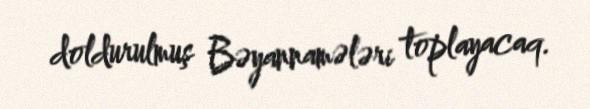
doldurulmuş Bəyannamələri toplayacaq.